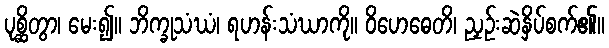
ပုစ္ဆိတွာ၊ မေး၍။ ဘိက္ခုသံဃံ၊ ရဟန်းသံဃာကို။ ဝိဟေဓေတိ၊ ညှဉ်းဆဲနှိပ်စက်၏။